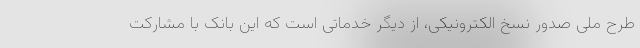
طرح ملی صدور نسخ الکترونیکی، از دیگر خدماتی است که این بانک با مشارکت